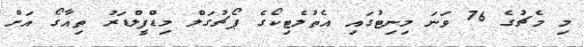
މި މެޗުގެ 76 ވަނަ މިނިޓުގައި އެތުލެޓިކޯގެ ޕޯޗުގަލް މިޑްފީލްޑަރު ތިއާގޯ އަށް